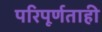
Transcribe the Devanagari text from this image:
परिपूर्णताही